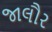
જાલૌર